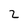
Character: 2